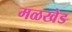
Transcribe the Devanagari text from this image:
मळखेड